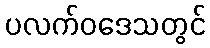
ပလက်ဝဒေသတွင်